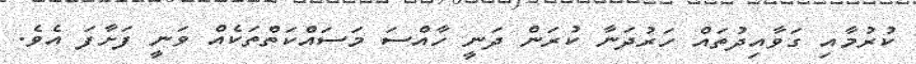
ކުރުމާއި ގަވާއިދުތައް ހަރުދަނާ ކުރަން ދަނީ ހާއްސަ މަސައްކަތްތަކެއް ވަނީ ފަށާފަ އެވެ.